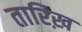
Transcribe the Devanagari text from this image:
तारिख़